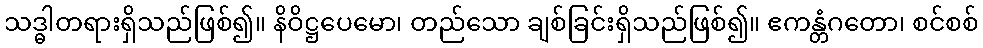
သဒ္ဓါတရားရှိသည်ဖြစ်၍။ နိဝိဋ္ဌပေမော၊ တည်သော ချစ်ခြင်းရှိသည်ဖြစ်၍။ ဧကန္တံဂတော၊ စင်စစ်